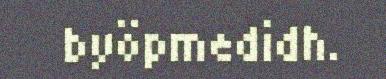
byöpmedidh.